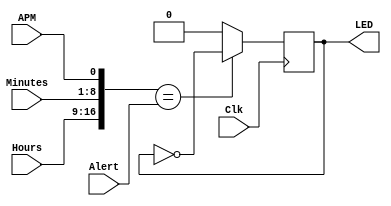
`timescale 1ns / 1ps
module ClockAlert(Clk,Hours,Minutes,Alert,LED,APM);
input Clk,APM;
input [7:0] Hours,Minutes;
input [15:0] Alert;
output reg LED=1'b0;
always @(posedge Clk)begin
    if({Hours,Minutes,APM}==Alert)begin
       LED<=~LED;
    end
    else LED<=1'b0;
end
endmodule